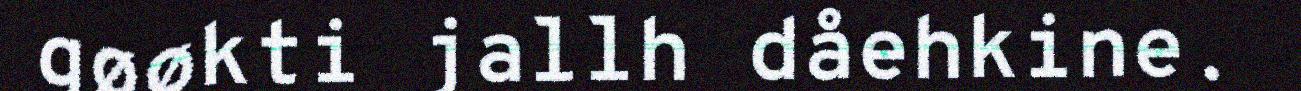
gøøkti jallh dåehkine.